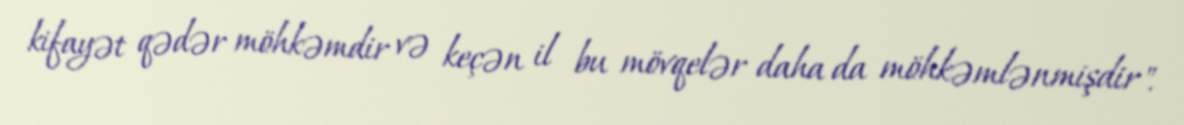
kifayət qədər möhkəmdir və keçən il bu mövqelər daha da möhkəmlənmişdir".